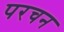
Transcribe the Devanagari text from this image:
परचन